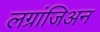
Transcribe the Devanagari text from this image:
लग्रांजिअन